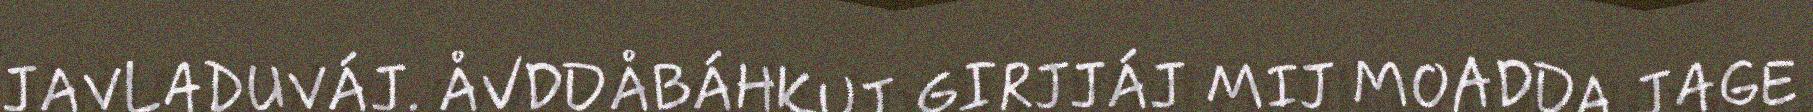
JAVLADUVÁJ. ÅVDDÅBÁHKUJ GIRJJÁJ MIJ MOADDA JAGE